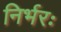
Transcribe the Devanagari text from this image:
निर्भरः